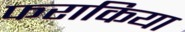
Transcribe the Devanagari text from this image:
फराकिया